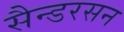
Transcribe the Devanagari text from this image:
सैन्डरसन